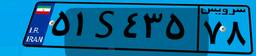
۱۵S۵۶۰۱۱